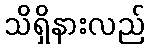
သိရှိနားလည်